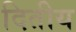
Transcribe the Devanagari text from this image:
दितीय